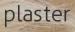
plaster